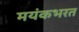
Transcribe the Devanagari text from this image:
मयंकभरत